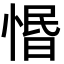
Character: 惽